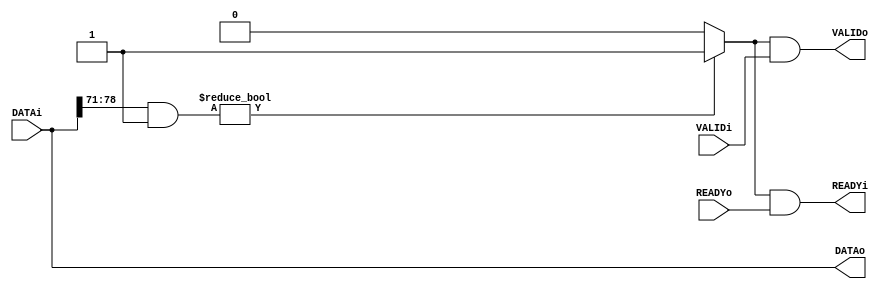
/* Company:
**
** Design Name:
** Module Name: RBackwardFilter
** Project Name: AXI4Bus
** Description:
**
** Dependencies:
**
** Revision:
** Revision 0.01 - File Created
** Additional Comments:
*/

`timescale 1ns / 1ps

module RBackwardFilter#(
	parameter ID_MASK = 8'h00,
	parameter ID_BANK = 8'h00
)(
	input     [78:0] DATAi,
	input            VALIDi,
	output           READYi,

	output    [78:0] DATAo,
	output           VALIDo,
	input            READYo
);

wire   addr_ok;
assign addr_ok = (DATAi[78:71] & ID_MASK == ID_BANK) ? 1'b1 : 1'b0;

assign VALIDo  = addr_ok & VALIDi;
assign READYi  = addr_ok & READYo;
assign DATAo   = DATAi;

endmodule